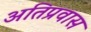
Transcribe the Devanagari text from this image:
अतिप्रवास